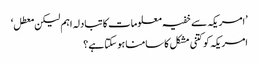
’امریکہ سے خفیہ معلومات کا تبادلہ اہم لیکن معطل‘
امریکہ کو کتنی مشکل کا سامنا ہو سکتا ہے؟